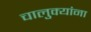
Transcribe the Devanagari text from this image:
चालुक्यांना